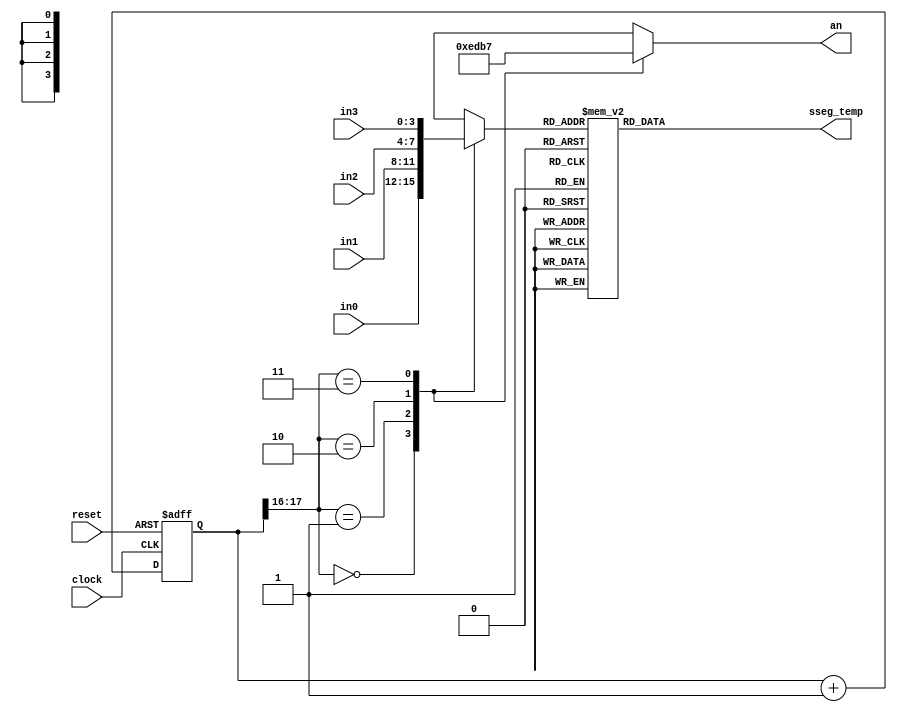
`timescale 1ns / 1ps
//////////////////////////////////////////////////////////////////////////////////
// Company: 
// Engineer: 
// 
// Design Name: 
// Module Name:    sevenseg 
// Project Name: 
// Target Devices: 
// Tool versions: 
// Description: 
//
// Dependencies: 
//
// Revision: 
// Revision 0.01 - File Created
// Additional Comments: 
//
//////////////////////////////////////////////////////////////////////////////////
module sevenseg(
 input clock, reset,
 input [3:0] in0, in1, in2, in3,  //the 4 inputs for each display
 output reg [6:0] sseg_temp, //the individual LED output for the seven segment 
 output [3:0] an   // the 4 bit enable signal
 );
 
localparam N = 18;
 
reg [N-1:0]count; //the 18 bit counter which allows us to multiplex at 1000Hz
 
always @ (posedge clock or posedge reset)
 begin
  if (reset)
   count <= 0;
  else
   count <= count + 1;
 end
 
reg [3:0]sseg; //the 4 bit register to hold the input data
reg [3:0]an_temp; //register for the 4 bit enable
 
always @ (*)
 begin
  case(count[N-1:N-2]) //using only the 2 MSB's of the counter 
    
   2'b00 :  //When the 2 MSB's are 00 enable the fourth display
    begin
     sseg = in0;
     an_temp = 4'b1110;
    end
    
   2'b01:  //When the 2 MSB's are 01 enable the third display
    begin
     sseg = in1;
     an_temp = 4'b1101;
    end
    
   2'b10:  //When the 2 MSB's are 10 enable the second display
    begin
     sseg = in2;
     an_temp = 4'b1011;
    end
     
   2'b11:  //When the 2 MSB's are 11 enable the first display
    begin
     sseg = in3;
     an_temp = 4'b0111;
    end
  endcase
 end
assign an = an_temp;
 
always @ (*)
 begin
  case(sseg)
   4'd0 : sseg_temp = 7'b1000000; //to display 0
   4'd1 : sseg_temp = 7'b1111001; //to display 1
   4'd2 : sseg_temp = 7'b0100100; //to display 2
   4'd3 : sseg_temp = 7'b0110000; //to display 3
   4'd4 : sseg_temp = 7'b0011001; //to display 4
   4'd5 : sseg_temp = 7'b0010010; //to display 5
   4'd6 : sseg_temp = 7'b0000010; //to display 6
   4'd7 : sseg_temp = 7'b1111000; //to display 7
   4'd8 : sseg_temp = 7'b0000000; //to display 8
   4'd9 : sseg_temp = 7'b0010000; //to display 9
   default : sseg_temp = 7'b0111111; //dash
  endcase
 end
 
assign dp = 1'b1; //since the decimal point is not needed, all 4 of them are turned off
 
 
endmodule